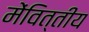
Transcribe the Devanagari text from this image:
मेंवित्तीय